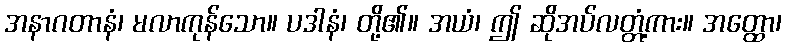
အနာဂတာနံ၊ မလာကုန်သော။ ပဒါနံ၊ တို့၏။ အယံ၊ ဤ ဆိုအပ်လတ္တံ့ကား။ အတ္ထော၊